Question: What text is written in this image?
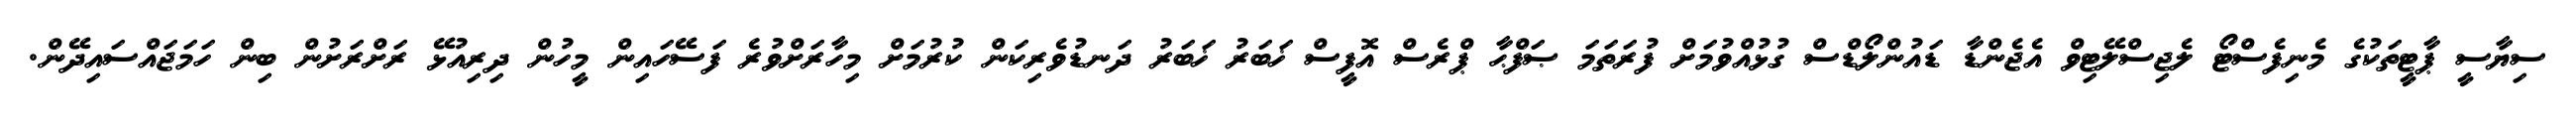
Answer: ސިޔާސީ ޕާޓީތަކުގެ މެނިފެސްޓޯ ލެޖިސްލޭޓިވް އެޖެންޑާ ޑައުންލޯޑްސް ގުޅުއްވުމަށް ފުރަތަމަ ޞަފްޙާ ޕްރެސް އޮފީސް ޚަބަރު ޚަބަރު ދަނޑުވެރިކަން ކުރުމަށް މިހާރަށްވުރެ ފަސޭހައިން މީހުން ދިރިއުޅޭ ރަށްރަށުން ބިން ހަމަޖައްސައިދޭން.